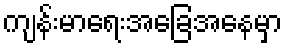
ကျန်းမာရေးအခြေအနေမှာ